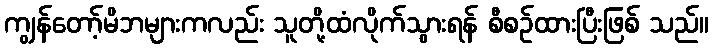
ကျွန်တော့်မိဘများကလည်း သူတို့ထံလိုက်သွားရန် စီစဉ်ထားပြီးဖြစ် သည်။